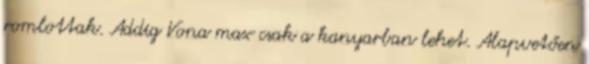
romlottak. Addig Vona max csak a kanyarban lehet. Alapvetően